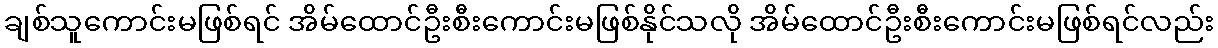
ချစ်သူကောင်းမဖြစ်ရင် အိမ်ထောင်ဦးစီးကောင်းမဖြစ်နိုင်သလို အိမ်ထောင်ဦးစီးကောင်းမဖြစ်ရင်လည်း